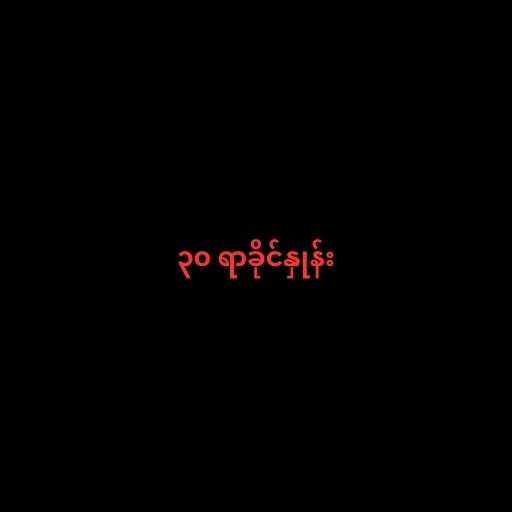
၃၀ ရာခိုင်နှုန်း